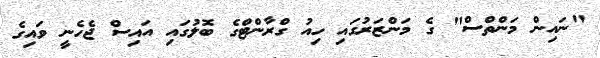
"ނައިން މަންތްސް" ގެ މަންޒަރުގައި ހިއު ގްރާންޓްގެ ބޮލުގައި އައިސް ޖެހެނީ ވައިގެ